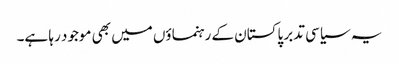
یہ سیاسی تدبر پاکستان کے رہنماؤں میں بھی موجود رہا ہے۔